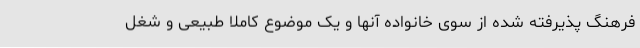
فرهنگ پذیرفته شده از سوی خانواده ‌آنها و یک موضوع کاملا طبیعی و شغل